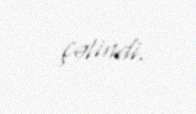
çətindi.